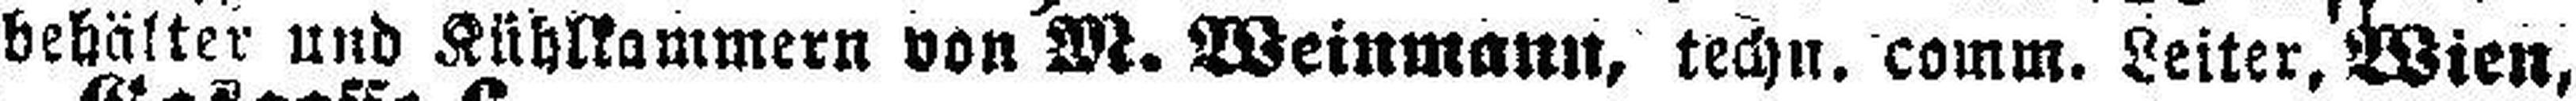
behälter und Kühlkammern von M. Weinmann, techn. comm. Leiter, Wien,